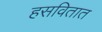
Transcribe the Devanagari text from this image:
हसवितात